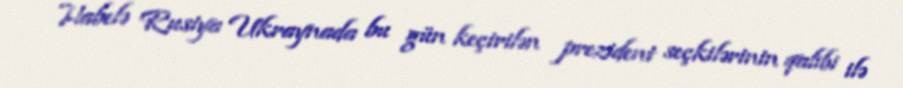
Habelə Rusiya Ukraynada bu gün keçirilən prezident seçkilərinin qalibi ilə